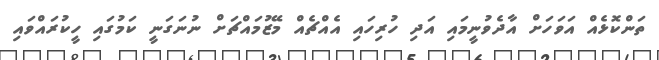
ތަންކޮޅެއް އަވަހަށް އާދެވުނީމައި އަދި ހުރިހައި އެއްޗެއް މޭޒުމައްޗަށް ނުނަގަނީ ކަމުގައި ހީކުރައްވައި